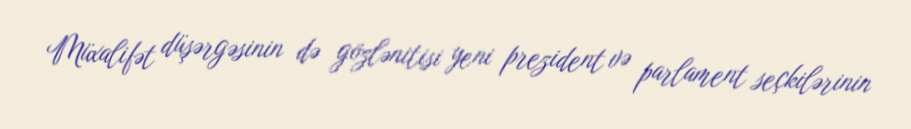
Müxalifət düşərgəsinin də gözlənitisi yeni prezident və parlament seçkilərinin